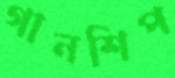
গানশিপ